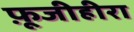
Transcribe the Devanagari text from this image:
फ़ूजीहीरा